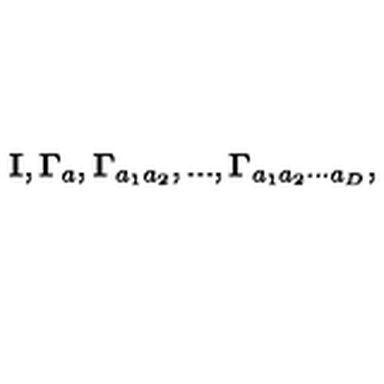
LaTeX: { \bf I } , { \bf \Gamma } _ { a } , { \bf \Gamma } _ { a _ { 1 } a _ { 2 } } , . . . , { \bf \Gamma } _ { a _ { 1 } a _ { 2 } \cdot \cdot \cdot a _ { D } } ,